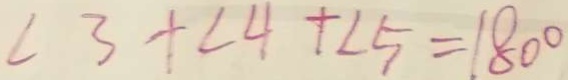
\angle 3 + \angle 4 + \angle 5 = 1 8 0 ^ { \circ }